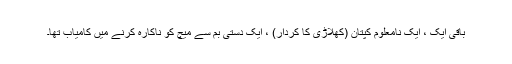
باقی ایک ، ایک نامعلوم کپتان (کھلاڑی کا کردار) ، ایک دستی بم سے میچ کو ناکارہ کرنے میں کامیاب تھا۔